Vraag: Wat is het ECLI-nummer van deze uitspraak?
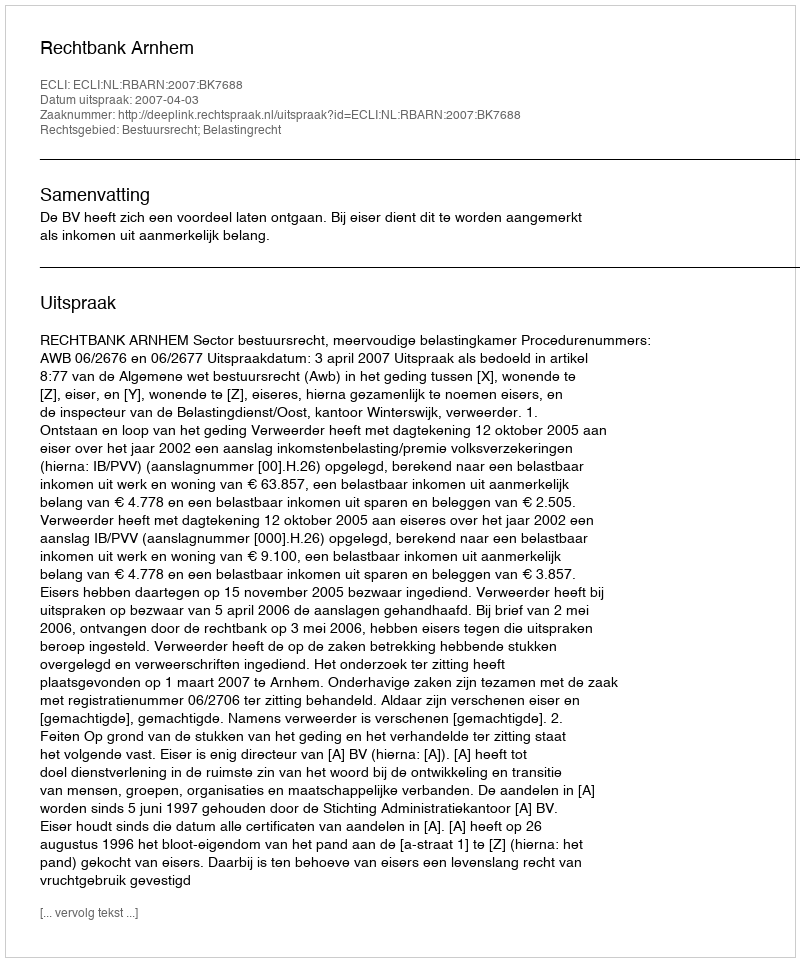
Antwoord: ECLI:NL:RBARN:2007:BK7688